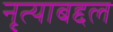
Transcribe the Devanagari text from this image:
नृत्याबद्दल